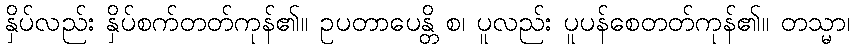
နှိပ်လည်း နှိပ်စက်တတ်ကုန်၏။ ဥပတာပေန္တိ စ၊ ပူလည်း ပူပန်စေတတ်ကုန်၏။ တသ္မာ၊